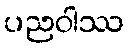
ပညဝါဿ